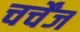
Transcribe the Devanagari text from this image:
चर्चेंज